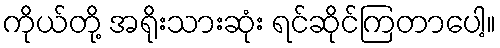
ကိုယ်တို့ အရိုးသားဆုံး ရင်ဆိုင်ကြတာပေါ့။